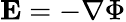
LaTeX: \mathbf{E}=-\nabla\Phi